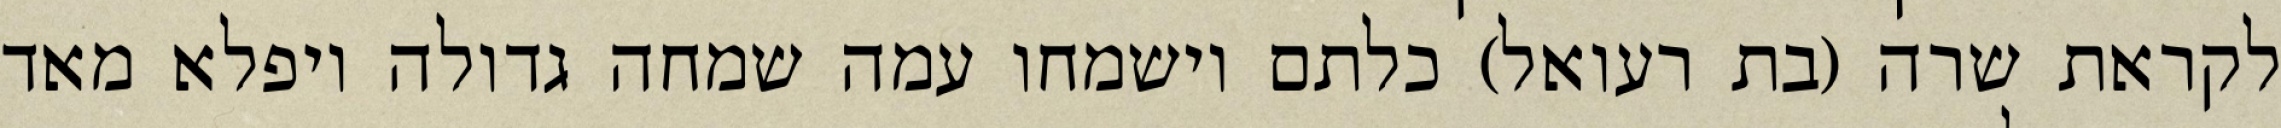
לקראת שרה (בת רעואל) כלתם וישמחו עמה שמחה גדולה ויפלא מאד